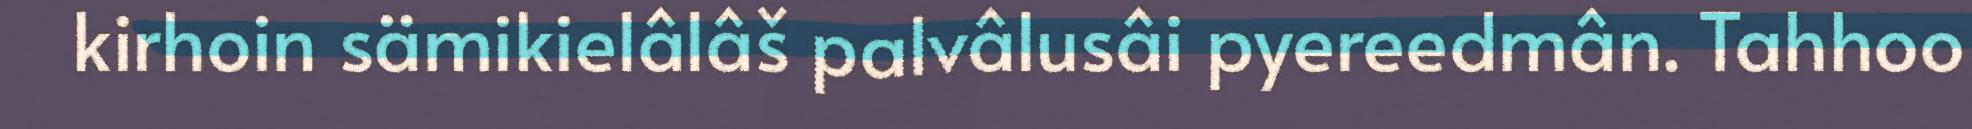
kirhoin sämikielâlâš palvâlusâi pyereedmân. Tahhoo